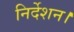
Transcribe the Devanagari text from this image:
निर्देशन।